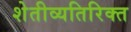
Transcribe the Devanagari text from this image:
शेतीव्यतिरिक्त